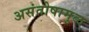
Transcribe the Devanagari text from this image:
असंतोषामुळ